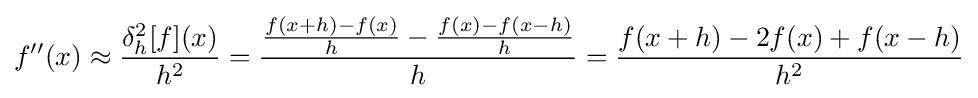
f''(x)\approx {\frac {\delta _{h}^{2}[f](x)}{h^{2}}}={\frac {{\frac {f(x+h)-f(x)}{h}}-{\frac {f(x)-f(x-h)}{h}}}{h}}={\frac {f(x+h)-2f(x)+f(x-h)}{h^{2}}}